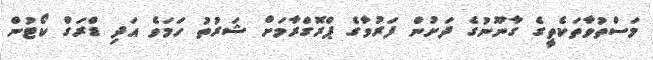
މަސްތުވާތަކެތީގެ ގާނޫނުގެ ދަށުން ފަރުވާގެ ޕްރޮގްރާމަށް ޝަރުތު ހަމަވެ އަދި ޑްރަގް ކޯޓުން